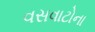
વસવાટોના